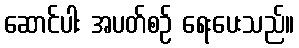
ဆောင်ပါး အပတ်စဉ် ရေးပေးသည်။